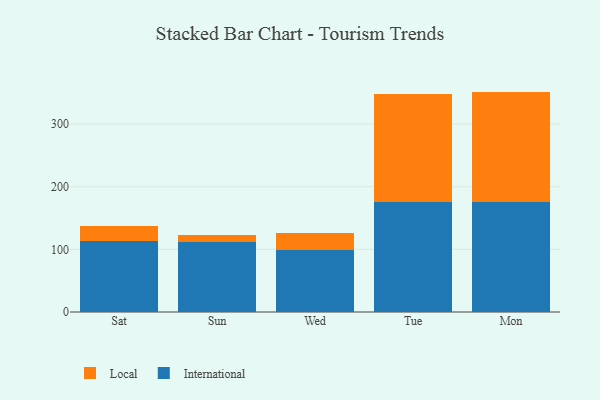
{"axis": {"x": "Day", "y": "Revenue (USD Million)"}, "legend": ["International", "Local"], "data": [{"x": "Sat", "y": 114.1, "type": "International"}, {"x": "Sat", "y": 22.5, "type": "Local"}, {"x": "Sun", "y": 112.3, "type": "International"}, {"x": "Sun", "y": 10.4, "type": "Local"}, {"x": "Wed", "y": 98.3, "type": "International"}, {"x": "Wed", "y": 27.6, "type": "Local"}, {"x": "Tue", "y": 176.1, "type": "International"}, {"x": "Tue", "y": 171.6, "type": "Local"}, {"x": "Mon", "y": 175.5, "type": "International"}, {"x": "Mon", "y": 176.4, "type": "Local"}]}